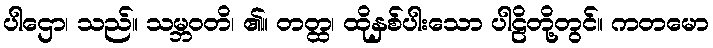
ပါဌော၊ သည်။ သမ္ဘဝတိ၊ ၏။ တတ္ထ၊ ထိုနှစ်ပါးသော ပါဠိတို့တွင်။ ကတမော